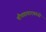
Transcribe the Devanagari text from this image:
चौघडावादकांची